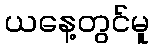
ယနေ့တွင်မူ